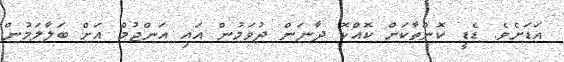
އަޑަށެވެ. ޑެޑީ ކޮންތާކަށް ކޮއްކޮ ދާނަން ދުވަމުން އައި އަންޖުމް އަށް ބަލާލަމުން